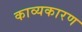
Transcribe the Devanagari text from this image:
काव्यकारण